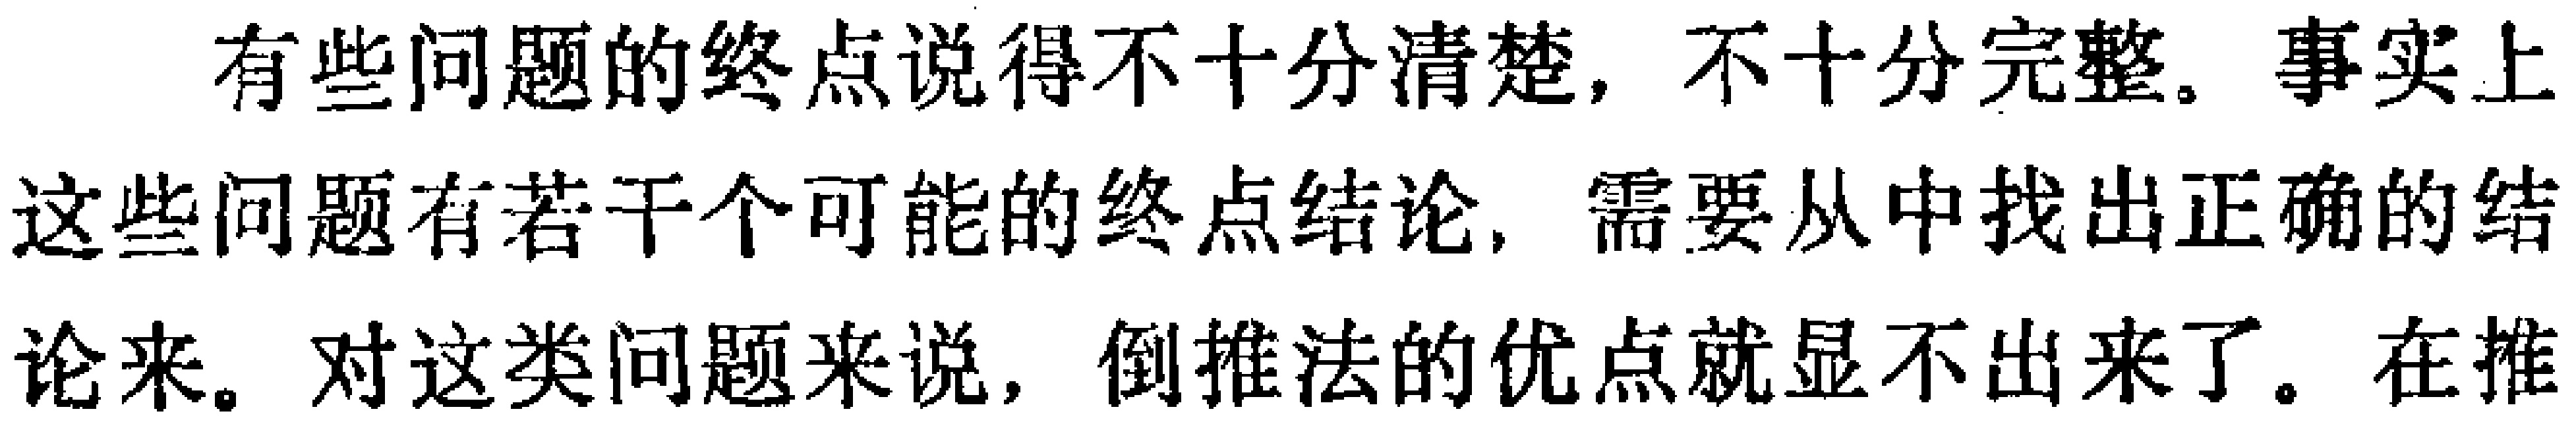
有些问题的终点说得不十分清楚，不十分完整。事实上这些问题有若干个可能的终点结论，需要从中找出正确的结论来。对这类问题来说，倒推法的优点就显不出来了。在推